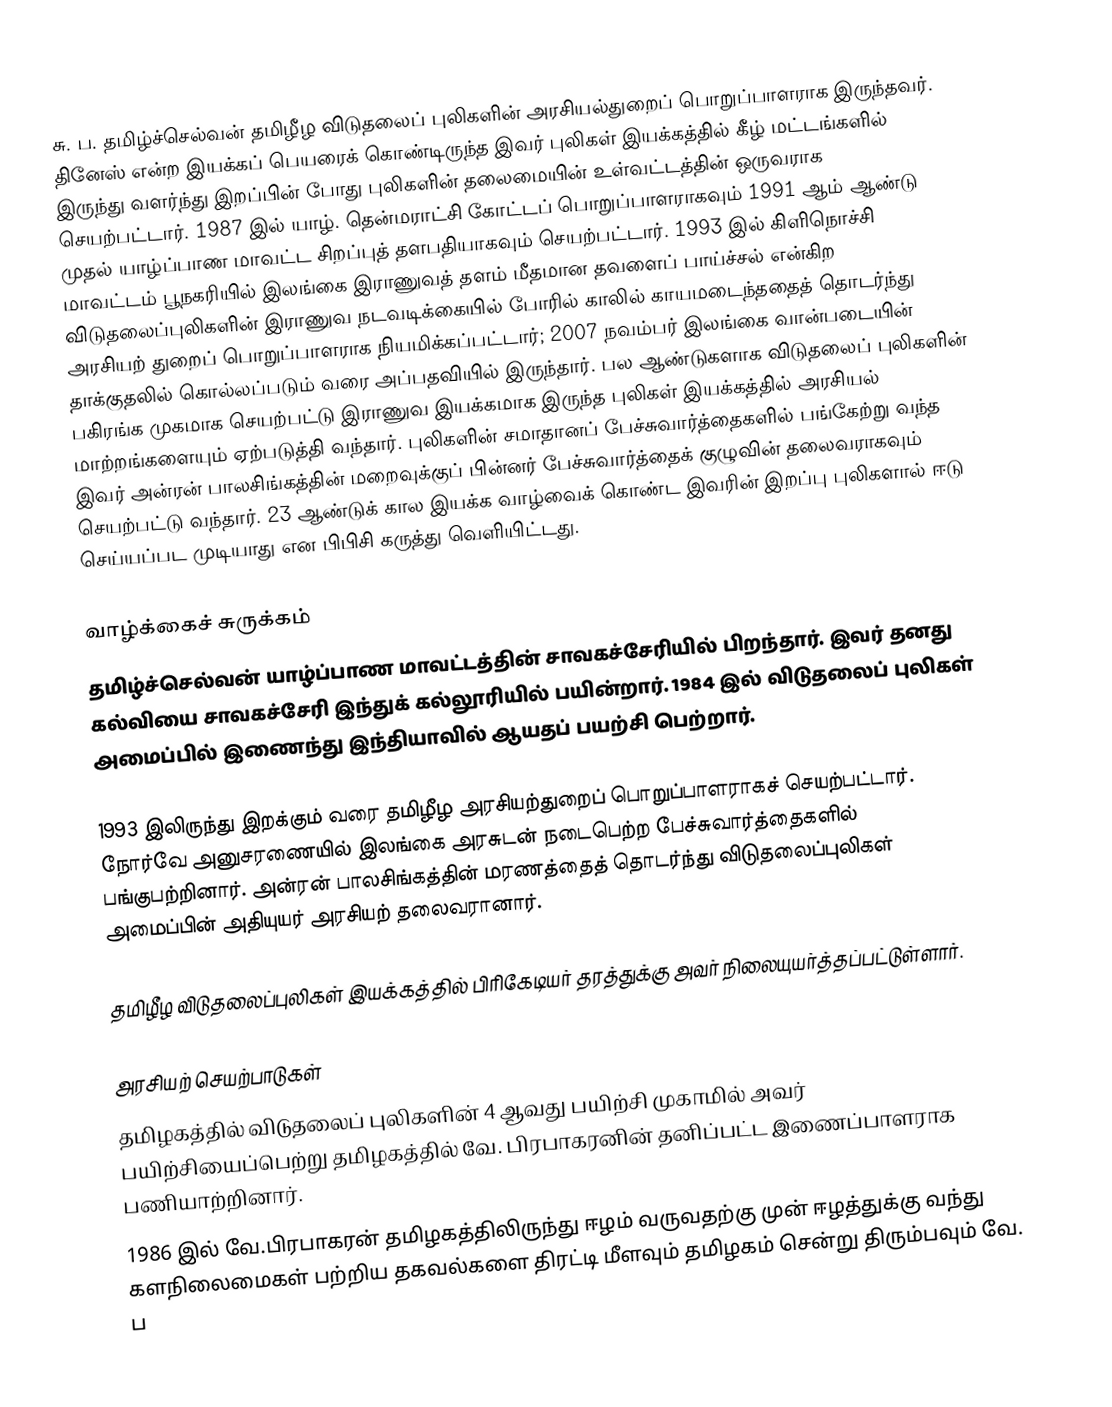
சு. ப. தமிழ்ச்செல்வன் தமிழீழ விடுதலைப் புலிகளின் அரசியல்துறைப் பொறுப்பாளராக இருந்தவர். தினேஸ் என்ற இயக்கப் பெயரைக் கொண்டிருந்த இவர் புலிகள் இயக்கத்தில் கீழ் மட்டங்களில் இருந்து வளர்ந்து இறப்பின் போது புலிகளின் தலைமையின் உள்வட்டத்தின் ஒருவராக செயற்பட்டார்.  1987 இல் யாழ். தென்மராட்சி கோட்டப் பொறுப்பாளராகவும் 1991 ஆம் ஆண்டு முதல் யாழ்ப்பாண மாவட்ட சிறப்புத் தளபதியாகவும் செயற்பட்டார். 1993 இல் கிளிநொச்சி மாவட்டம் பூநகரியில் இலங்கை இராணுவத் தளம் மீதமான தவளைப் பாய்ச்சல் என்கிற விடுதலைப்புலிகளின் இராணுவ நடவடிக்கையில் போரில் காலில் காயமடைந்ததைத் தொடர்ந்து அரசியற் துறைப் பொறுப்பாளராக நியமிக்கப்பட்டார்; 2007 நவம்பர் இலங்கை வான்படையின் தாக்குதலில் கொல்லப்படும் வரை அப்பதவியில் இருந்தார். பல ஆண்டுகளாக விடுதலைப் புலிகளின் பகிரங்க முகமாக செயற்பட்டு இராணுவ இயக்கமாக இருந்த புலிகள் இயக்கத்தில் அரசியல் மாற்றங்களையும் ஏற்படுத்தி வந்தார். புலிகளின் சமாதானப் பேச்சுவார்த்தைகளில் பங்கேற்று வந்த இவர் அன்ரன் பாலசிங்கத்தின் மறைவுக்குப் பின்னர் பேச்சுவார்த்தைக் குழுவின் தலைவராகவும் செயற்பட்டு வந்தார். 23 ஆண்டுக் கால இயக்க வாழ்வைக் கொண்ட இவரின் இறப்பு புலிகளால் ஈடு செய்யப்பட முடியாது என பிபிசி கருத்து வெளியிட்டது.

வாழ்க்கைச் சுருக்கம்
தமிழ்ச்செல்வன் யாழ்ப்பாண மாவட்டத்தின் சாவகச்சேரியில் பிறந்தார். இவர் தனது கல்வியை சாவகச்சேரி இந்துக் கல்லூரியில் பயின்றார். 1984 இல் விடுதலைப் புலிகள் அமைப்பில் இணைந்து இந்தியாவில் ஆயதப் பயற்சி பெற்றார்.

1993 இலிருந்து இறக்கும் வரை தமிழீழ அரசியற்துறைப் பொறுப்பாளராகச் செயற்பட்டார். நோர்வே அனுசரணையில் இலங்கை அரசுடன் நடைபெற்ற பேச்சுவார்த்தைகளில் பங்குபற்றினார். அன்ரன் பாலசிங்கத்தின் மரணத்தைத் தொடர்ந்து விடுதலைப்புலிகள் அமைப்பின் அதியுயர் அரசியற் தலைவரானார்.

தமிழீழ விடுதலைப்புலிகள் இயக்கத்தில் பிரிகேடியர் தரத்துக்கு அவர் நிலையுயர்த்தப்பட்டுள்ளார்.

அரசியற் செயற்பாடுகள்
 தமிழகத்தில் விடுதலைப் புலிகளின் 4 ஆவது பயிற்சி முகாமில் அவர் பயிற்சியைப்பெற்று தமிழகத்தில் வே. பிரபாகரனின் தனிப்பட்ட இணைப்பாளராக பணியாற்றினார்.
 1986 இல் வே.பிரபாகரன் தமிழகத்திலிருந்து ஈழம் வருவதற்கு முன் ஈழத்துக்கு வந்து களநிலைமைகள் பற்றிய தகவல்களை திரட்டி மீளவும் தமிழகம் சென்று திரும்பவும் வே. ப